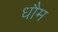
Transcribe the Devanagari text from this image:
धौम